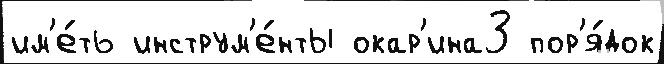
им'е́ть инструм'е́нты окар'ина3 пор'я́док